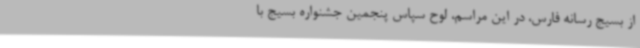
از بسیج رسانه فارس، در این مراسم، لوح سپاس پنجمین جشنواره بسیج با